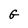
Character: G